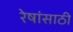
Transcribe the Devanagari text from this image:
रेषांसाठी